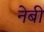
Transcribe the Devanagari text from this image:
नेबी